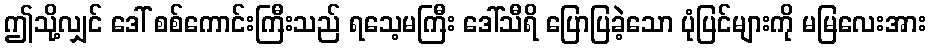
ဤသို့လျှင် ဒေါ် စစ်ကောင်းကြီးသည် ရသေ့မကြီး ဒေါ်သီရိ ပြောပြခဲ့သော ပုံပြင်များကို မမြလေးအား